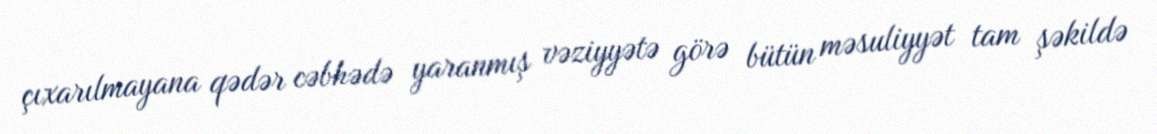
çıxarılmayana qədər cəbhədə yaranmış vəziyyətə görə bütün məsuliyyət tam şəkildə